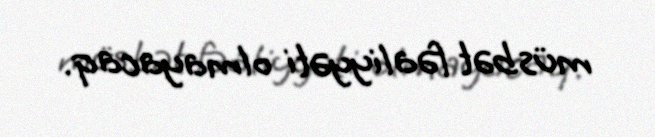
müsbət fəaliyyəti olmayacaq.